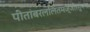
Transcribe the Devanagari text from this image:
पीतांबरललितमज्जीरसुभगा